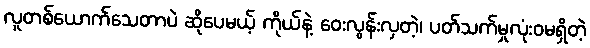
လူတစ်ယောက်သေတာပဲ ဆိုပေမယ့် ကိုယ်နဲ့ ဝေးလွန်းလှတဲ့၊ ပတ်သက်မှုလုံးဝမရှိတဲ့